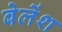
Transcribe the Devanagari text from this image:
बेलेंश